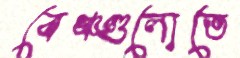
বেঞ্চগুলোতে